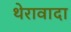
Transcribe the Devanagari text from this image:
थेरावादा